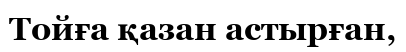
Тойға қазан астырған,